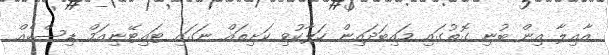
އާއިލާ އިން ބުނި ގޮތުގައި މައިބަދައިން ހަލާކުވި ކަށިތައް ނަގައި ޓައިޓޭނިއަމް ޑިސްކެއް